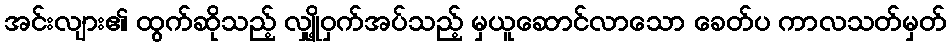
အင်းလျား၏ ထွက်ဆိုသည့် လျှို့ဝှက်အပ်သည့် မှယူဆောင်လာသော ခေတ်ပ ကာလသတ်မှတ်